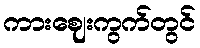
ကားဈေးကွက်တွင်